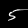
Label: 5